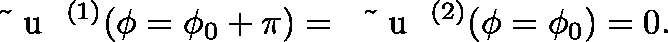
{ \mathrm { ~ \boldmath ~ \tilde { ~ } { ~ u ~ } ~ } } ^ { ( 1 ) } ( \phi = \phi _ { 0 } + \pi ) = { \mathrm { ~ \boldmath ~ \tilde { ~ } { ~ u ~ } ~ } } ^ { ( 2 ) } ( \phi = \phi _ { 0 } ) = 0 .